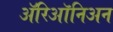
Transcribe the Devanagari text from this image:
ॲरिऑनिअन